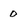
Character: 0